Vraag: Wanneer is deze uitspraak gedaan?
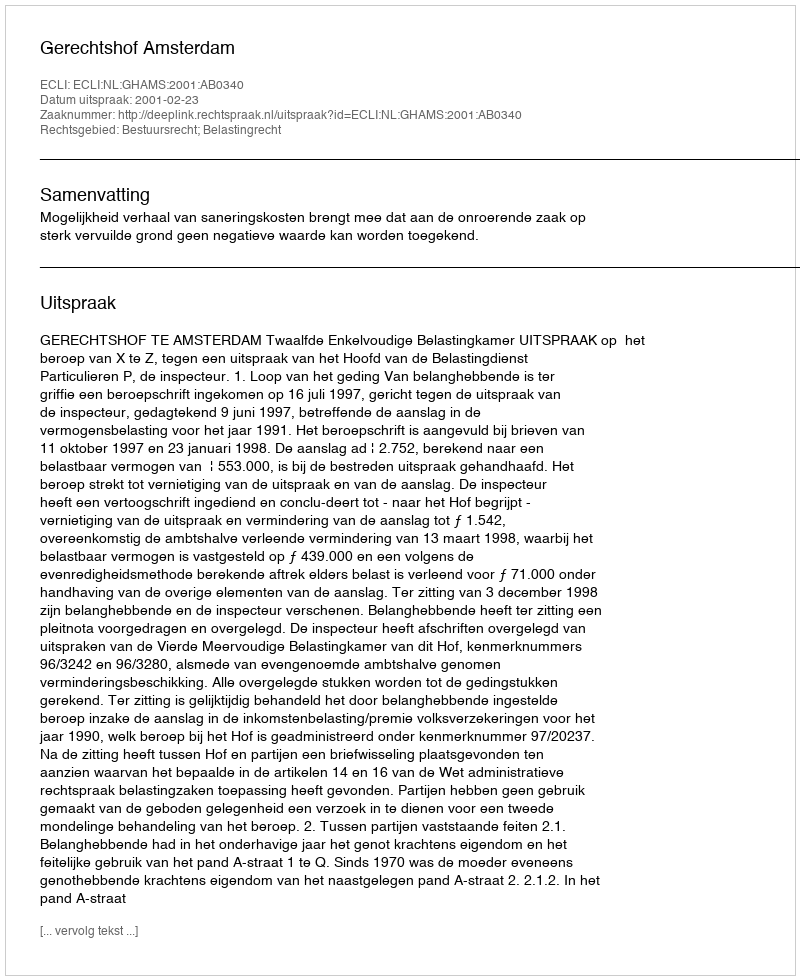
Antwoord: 2001-02-23